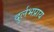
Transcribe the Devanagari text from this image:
दुर्लभप्राय